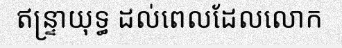
ឥន្ទ្រាយុទ្ធ ដល់ពេលដែលលោក